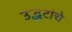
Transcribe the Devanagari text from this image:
उद्भटांचे